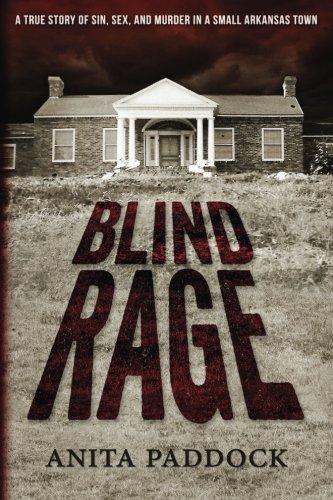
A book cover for Blind Rage: A True Story of Sin, Sex, and Murder in a Small Arkansas Town; Anita Paddock; Biographies & Memoirs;